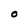
Character: O